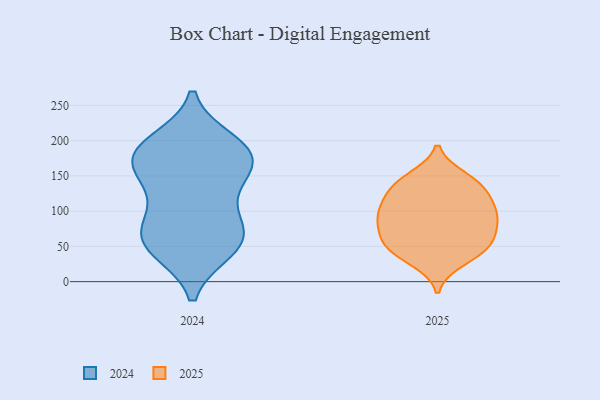
{"axis": {"x": "Market Share (%)", "y": "Value"}, "legend": ["2024", "2025"], "data": [{"x": "", "y": 51, "type": "2024"}, {"x": "", "y": 187, "type": "2024"}, {"x": "", "y": 167, "type": "2024"}, {"x": "", "y": 79, "type": "2024"}, {"x": "", "y": 180, "type": "2024"}, {"x": "", "y": 64, "type": "2024"}, {"x": "", "y": 54, "type": "2024"}, {"x": "", "y": 177, "type": "2024"}, {"x": "", "y": 197, "type": "2024"}, {"x": "", "y": 178, "type": "2024"}, {"x": "", "y": 46, "type": "2024"}, {"x": "", "y": 137, "type": "2024"}, {"x": "", "y": 83, "type": "2024"}, {"x": "", "y": 134, "type": "2024"}, {"x": "", "y": 147, "type": "2025"}, {"x": "", "y": 88, "type": "2025"}, {"x": "", "y": 79, "type": "2025"}, {"x": "", "y": 59, "type": "2025"}, {"x": "", "y": 71, "type": "2025"}, {"x": "", "y": 47, "type": "2025"}, {"x": "", "y": 91, "type": "2025"}, {"x": "", "y": 134, "type": "2025"}, {"x": "", "y": 107, "type": "2025"}, {"x": "", "y": 46, "type": "2025"}, {"x": "", "y": 140, "type": "2025"}, {"x": "", "y": 30, "type": "2025"}, {"x": "", "y": 46, "type": "2025"}, {"x": "", "y": 109, "type": "2025"}, {"x": "", "y": 134, "type": "2025"}, {"x": "", "y": 101, "type": "2025"}]}